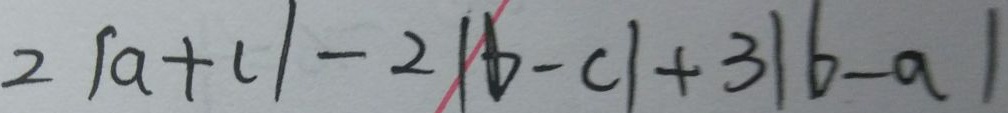
2 \vert a + c \vert - 2 \vert b - c \vert + 3 \vert b - a \vert